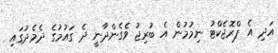
އަދި އެ ޕްރޮޖެކްޓު ނިމުމުން އެ ބުރިޖު ވެގެންދާނީ ދެ ގައުމުގެ ދެމެދުގައި